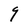
Character: q